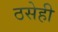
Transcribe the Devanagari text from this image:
ठसेही